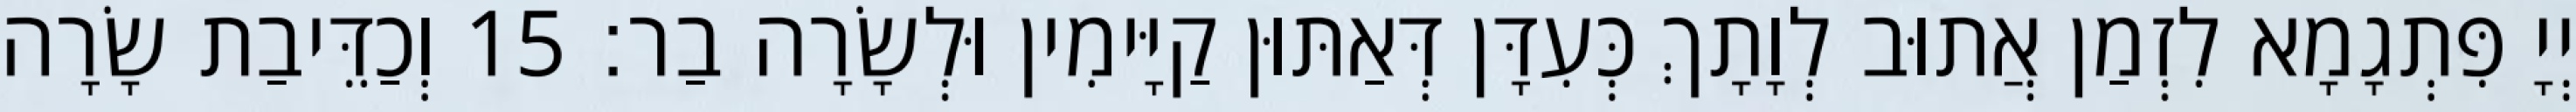
יְיָ פִּתְגָמָא לִזְמַן אֲתוּב לְוָתָךְ כְּעִדָּן דְּאַתּוּן קַיָּימִין וּלְשָׂרָה בַר׃ 15 וְכַדֵּיבַת שָׂרָה